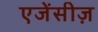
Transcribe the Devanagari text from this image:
एजेंसीज़